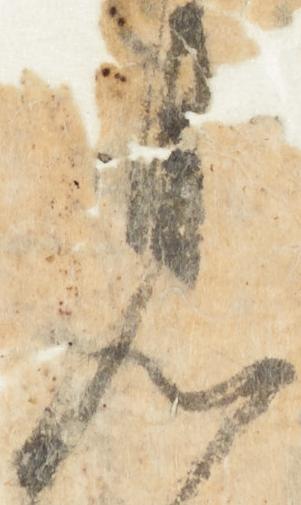
見